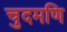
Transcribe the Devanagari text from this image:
चुदमणि